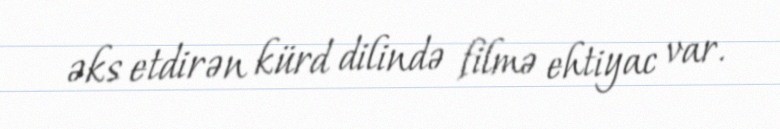
əks etdirən kürd dilində filmə ehtiyac var.